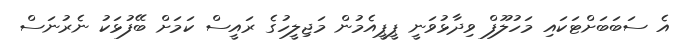
އެ ސަބަބަށްޓަކައި މަހުލޫފް ވިދާޅުވަނީ ޕީޕީއެމުން މަޖިލީހުގެ ރައީސް ކަމަށް ބޭފުޅަކު ނެރުނަސް